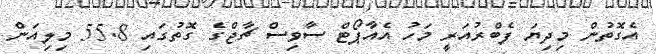
އެގޮތުން މިދިޔަ ފެބްރުއަރީ މަހު އެއާޕޯޓް ސާވިސް ޗާޖްގެ ގޮތުގައި 55.8 މިލިއަން